Civil Veterinary Department Bengal reports 1923-33 - 1923-1933
Year: 1923
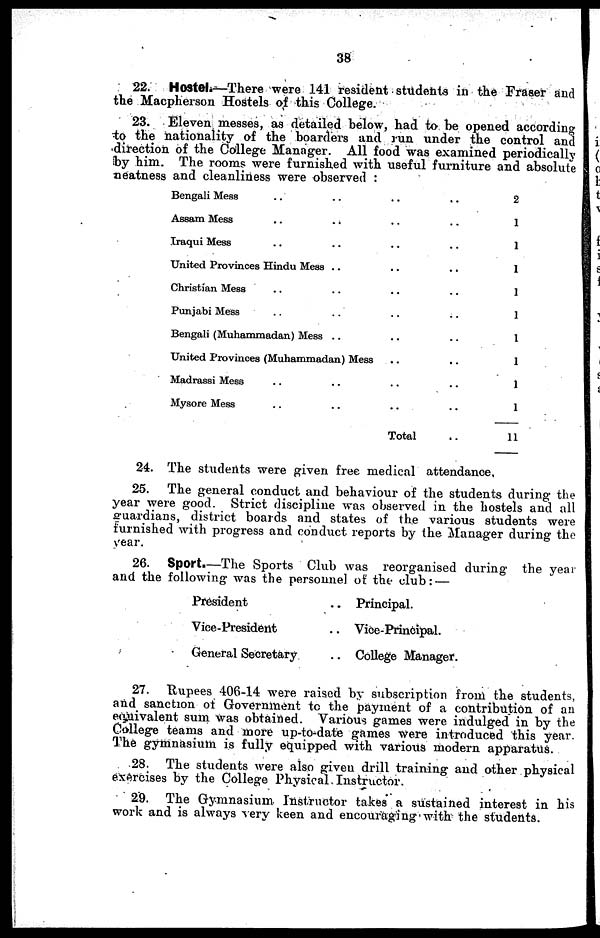
38
22. Hostel.—There were 141 resident students in the Fraser and
the Macpherson Hostels of this College.
23. Eleven messes, as detailed below, had to be opened according
to the nationality of the boarders and run under the control and
direction of the College Manager. All food was examined periodically
by him. The rooms were furnished with useful furniture and absolute
neatness and cleanliness were observed :
Bengali Mess .. .. .. ..
Assam Mess .. .. .. ..
Iraqui Mess .. .. .. ..
United Provinces Hindu Mess .. .. .. ..
Christian Mess .. .. .. ..
Punjabi Mess .. .. .. ..
Bengali (Muhammadan) Mess .. .. ..
United Provinces (Muhammadan) Mess .. ..
Madrassi Mess .. .. .. ..
Mysore Mess .. .. .. ..
Total ..
2
1
1
1
1
1
1
1
1
1
11
24. The students were given free medical attendance,
25. The general conduct and behaviour of the students during the
year were good. Strict discipline was observed in the hostels and all
guardians, district boards and states of the various students were
furnished with progress and conduct reports by the Manager during the
year.
26. Sport.—The Sports Club was reorganised during the year
and the following was the personnel of the club: —
President
Vice-President
General Secretary ..
Principal.
Vice-Principal.
College Manager.
27. Rupees 406-14 were raised by subscription from the students,
and sanction of Government to the payment of a contribution of an
equivalent sum was obtained. Various games were indulged in by the
College teams and more up-to-date games were introduced this year.
The gymnasium is fully equipped with various modern apparatus.
28. The students were also given drill training and other physical
exercises by the College Physical Instructor.
29. The Gymnasium Instructor takes a sustained interest in his
work and is always very keen and encouraging with the students.